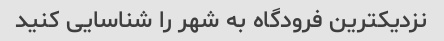
نزدیکترین فرودگاه به شهر را شناسایی کنید